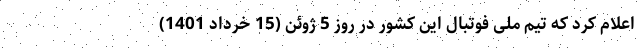
اعلام کرد که تیم ملی فوتبال این کشور در روز 5 ژوئن (15 خرداد 1401)